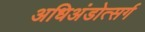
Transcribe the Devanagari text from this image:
अधिअंडोत्सर्ग